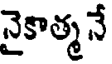
నైకాత్మ నే